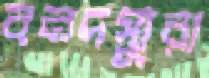
বনদস্যুরা